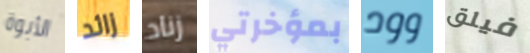
الأبوة زائد زناد بمؤخرتي وود فيلق